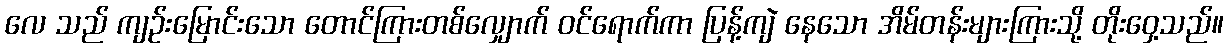
လေ သည် ကျဉ်းမြောင်းသော တောင်ကြားတစ်လျှောက် ဝင်ရောက်ကာ ပြန့်ကျဲ နေသော အိမ်တန်းများကြားသို့ တိုးဝှေ့သည်။